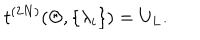
LaTeX: t ^ { ( 2 N ) } ( \Theta , \{ \lambda _ { i } \} ) = U _ { L } .